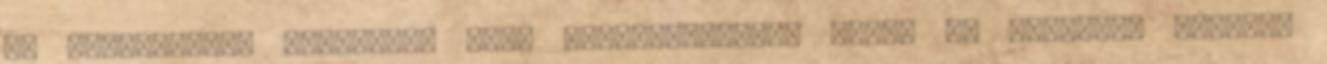
az ExperiDance Esszencia című táncelőadását, amely az együttes legjobb